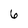
Character: 6